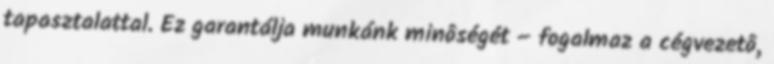
tapasztalattal. Ez garantálja munkánk minôségét – fogalmaz a cégvezetô,